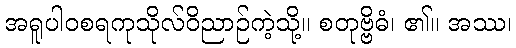
အရူပါဝစရကုသိုလ်ဝိညာဉ်ကဲ့သို့။ စတုဗ္ဗိဓံ၊ ၏။ အဿ၊